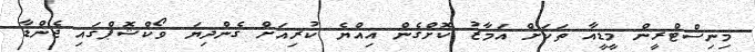
މިނިސްޓްރީން މީޑީއާ ތަކަށް އަމާޒު ކޮށްގެން އިއްޔެ ކުރިއަށް ގެންދިޔަ ވޯކްޝޮޕްގައި ޖެންޑާ